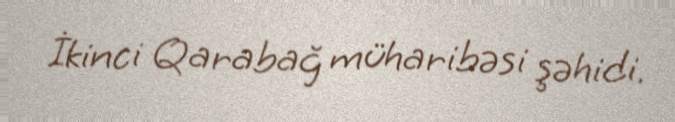
İkinci Qarabağ müharibəsi şəhidi.